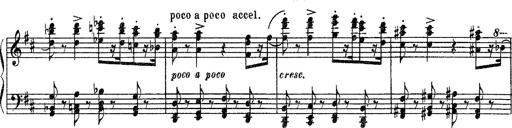
Title: Fantaisie sur des motifs favoris de l'opÃ©ra 'La sonnambula'
Composer: Franz Liszt